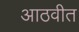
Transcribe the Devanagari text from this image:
आठवीत